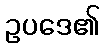
ဥပဒေ၏